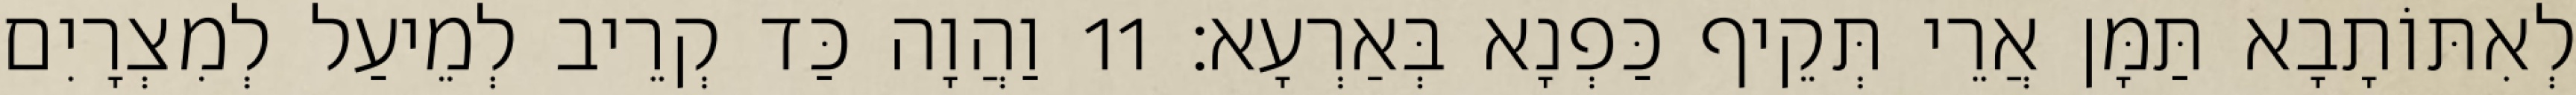
לְאִתּוֹתָבָא תַּמָּן אֲרֵי תְּקֵיף כַּפְנָא בְּאַרְעָא׃ 11 וַהֲוָה כַּד קְרֵיב לְמֵיעַל לְמִצְרָיִם